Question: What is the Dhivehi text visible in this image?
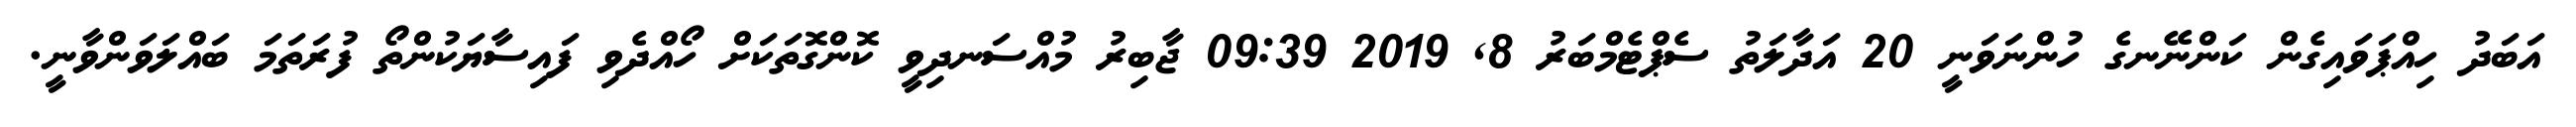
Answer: އަބަދު ހިއްޕަވައިގެން ކަންނޭނގެ ހުންނަވަނީ 20 އަދާލަތު ސެޕްޓެމްބަރު 8, 2019 09:39 ޖާބިރު މުއްސަނދިވީ ކޮންގޮތަކަށް ހޯއްދެވި ފައިސާޔަކުންތޯ ފުރަތަމަ ބައްލަވަންވާނީ.